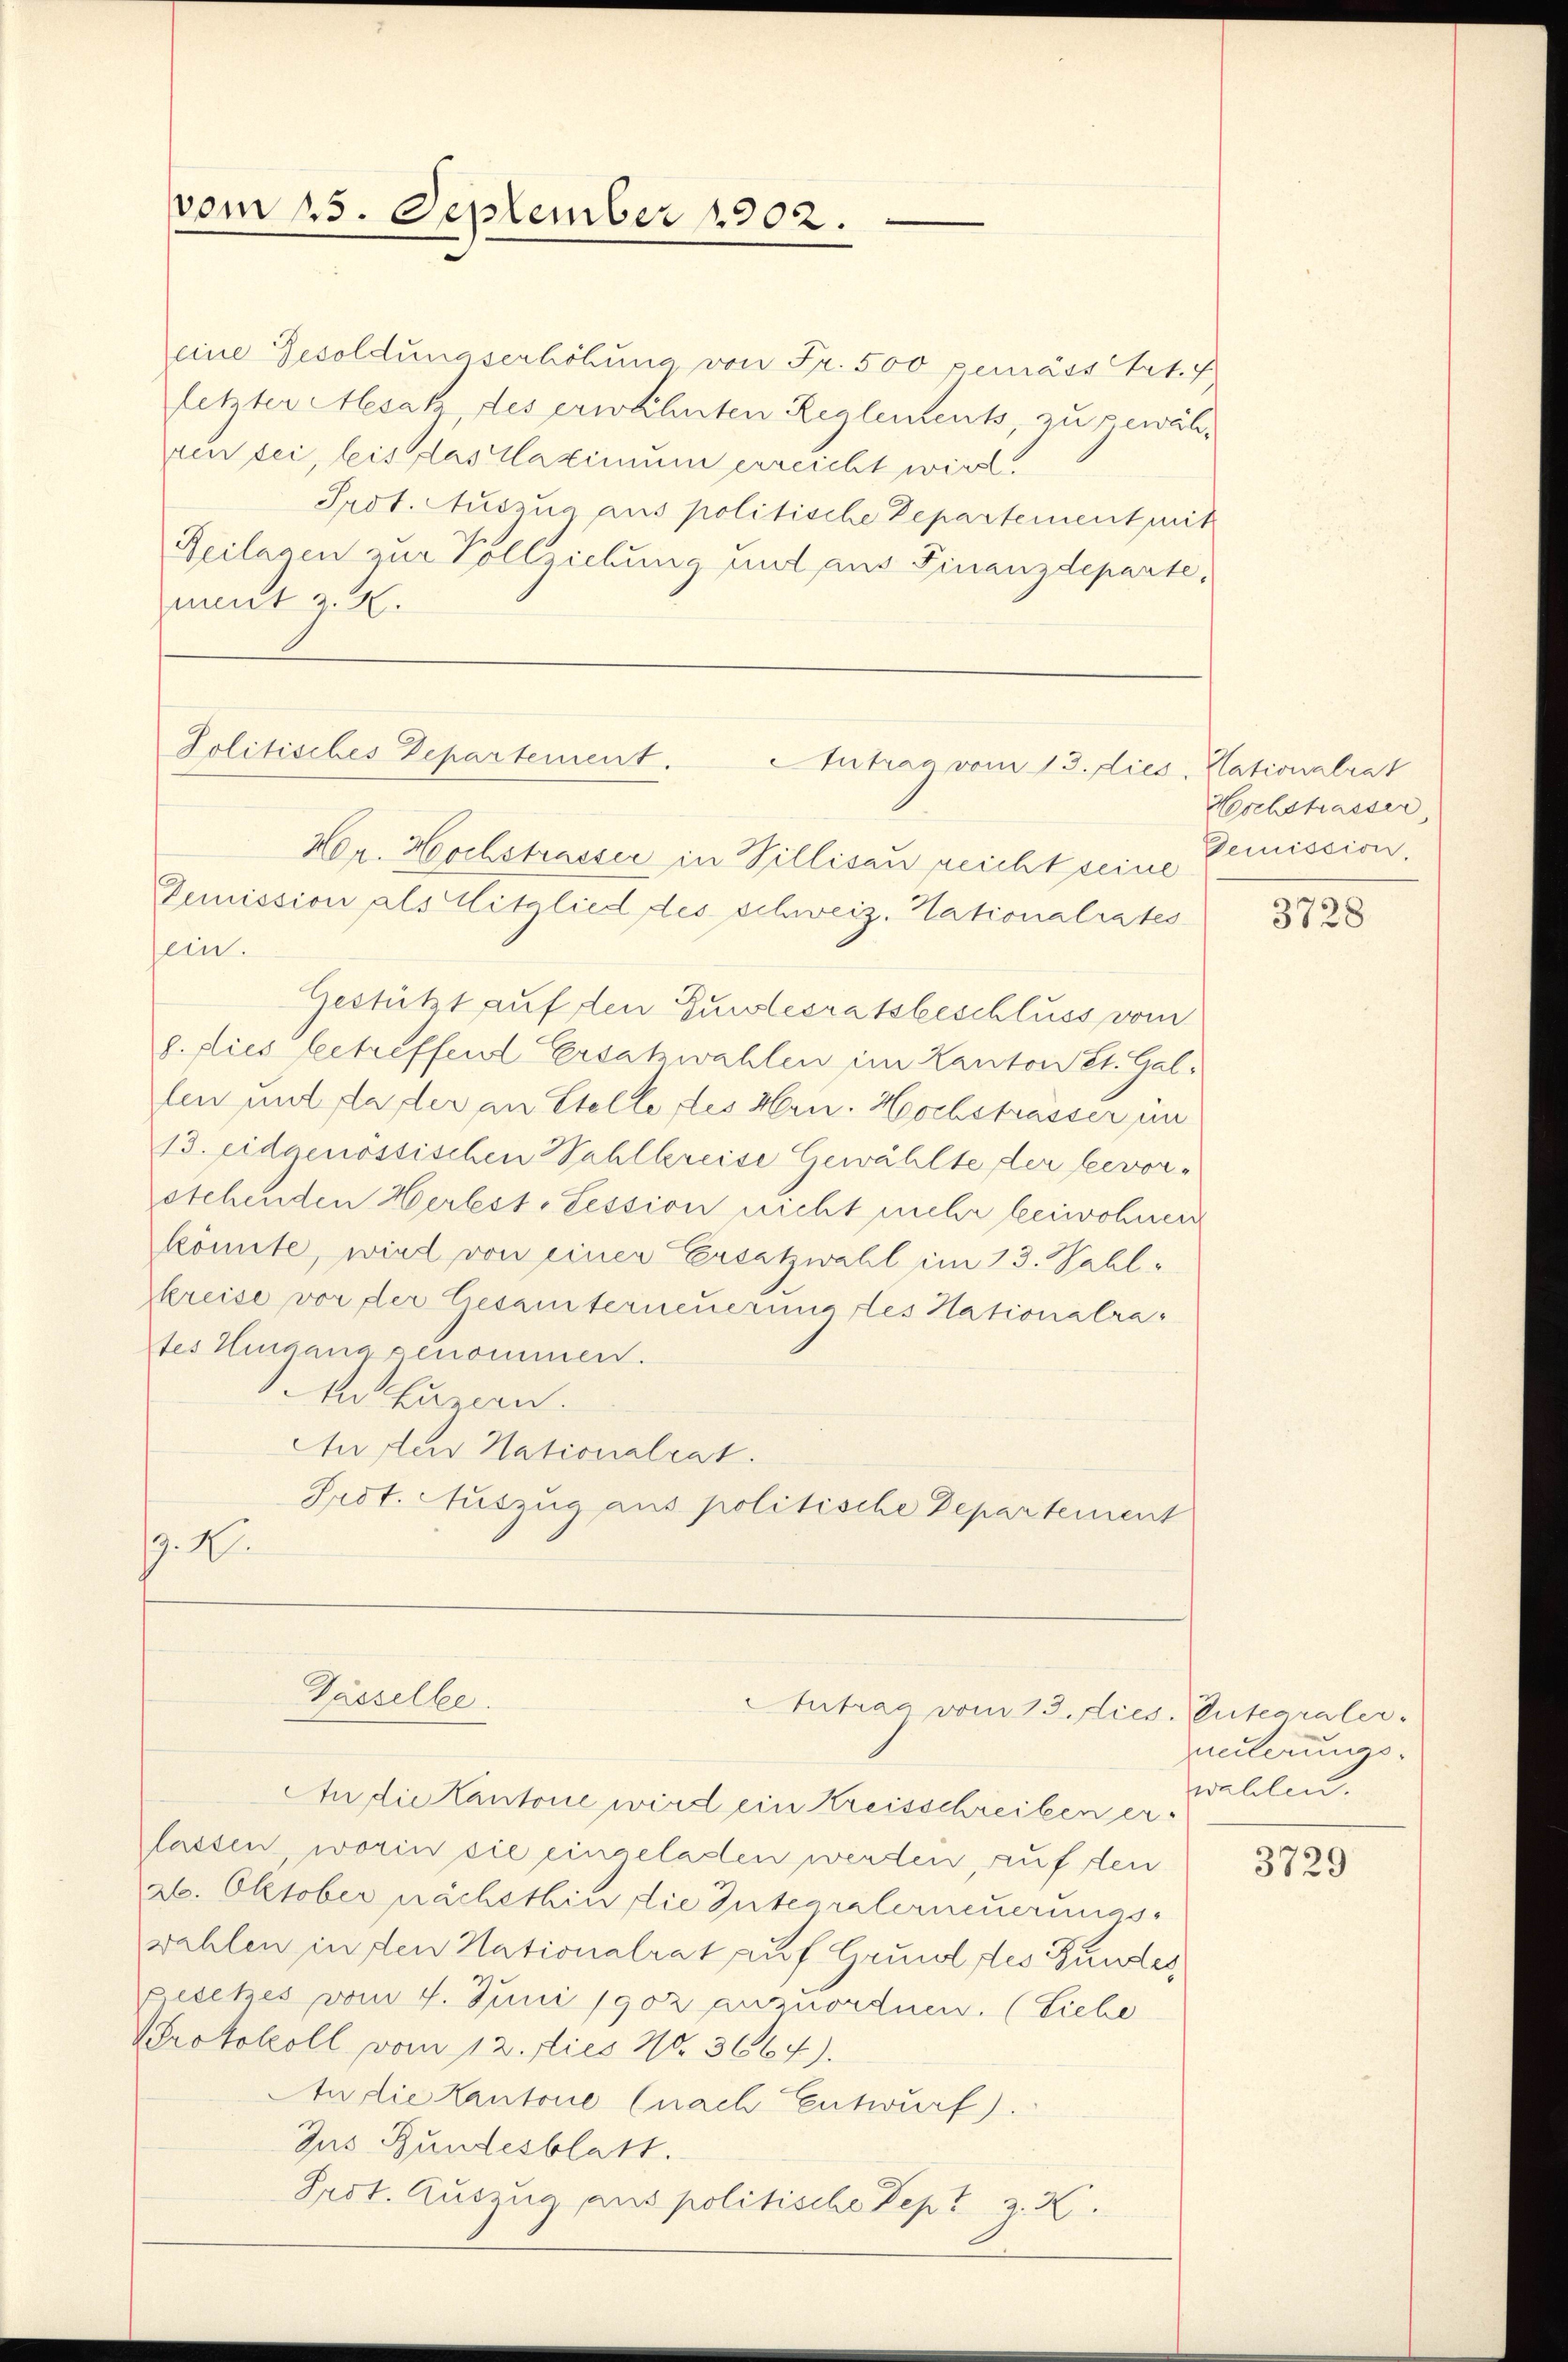
vom 15. September 1902.

eine Besoldungserhöhung von Fr. 500 pemäss Art. 4
letzter Asak des erwähnten Reglements, zu gewähven sei, leis das Maximum erreicht wird.
Prot. Auszug aus politische Departement mit
Reilagen zur Vollziehung und aus Finanzdeparte,
ment z. B.

Politisches Departement. Antrag vom 13. dies
Non. Hochstrasser in Villisau reicht seine
Demission als Mitglied des schweiz. Hationalrates

Pässelbe.

ein.
Gestützt auf den Gunstesratsbeschluss vom
p. dies betreffend Ersatzwahlen im Kanton St. Gallen und da der an Stelle des Hrn. Hochstrasser in
13. Eidgenössischen Wahlkreise Gewählte der bevorstehenden Herbst-Session nicht mehr beiwohnen
könnte, wird von einer Ersatzwahl im 13. Wahl-
skreise vor der Gesamterneuerung des Hationalrates Hingano genommen.
An Luzern.
Ausler Nationalrat.
Prot. Auszug aus politische Departement
9. X.

Antrag vom 13. dies. Gutearaler-

An die Kantone wird ein Kreisschreiben erlassen, worin sie eingeladen werden auf den
26. Oktober nächsthin die Interraterneuerungswahlen in den Nationalrat auf Grund des Bundes
Besetzes vom 4. Juni 1902 anzuordnen. (Siehe
PProtokoll vom 12. dies 70. 3667).
An die Kantone (nach Entwurf).
Jus Bundesblatt.
Prot. Auszug aus politische Pepi z. K.

Nationalrat
Horchstrasser,
Gemission,

3728

eiterungs-
wahlen.

3729